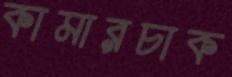
কামারচাক